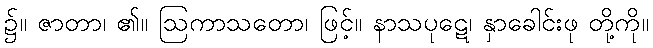
၌။ ဇာတာ၊ ၏။ ဩကာသတော၊ ဖြင့်။ နာသပုဋေ၊ နှာခေါင်းဖု တို့ကို။